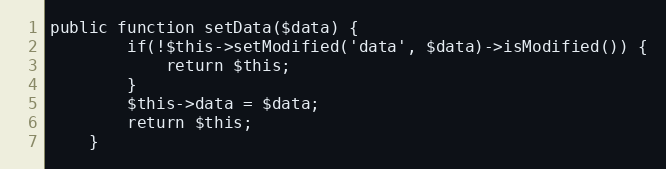
Language: PHP
public function setData($data) {
        if(!$this->setModified('data', $data)->isModified()) {
            return $this;
        }
		$this->data = $data;
		return $this;
    }